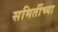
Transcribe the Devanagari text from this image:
समितींच्या